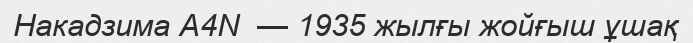
Накадзима A4N  — 1935 жылғы жойғыш ұшақ